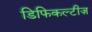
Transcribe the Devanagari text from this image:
डिफिकल्टीज़